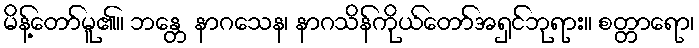
မိန့်တော်မူ၏။ ဘန္တေ နာဂသေန၊ နာဂသိန်ကိုယ်တော်အရှင်ဘုရား။ စတ္တာရော၊